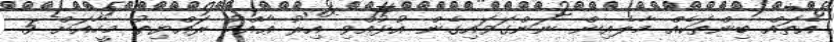
އެތައް ބިންތަކެއް މާލެއިން ނަންގަވައިގެން އުޅުއްވި އިރު ޢާއްމު ރައްޔިތު މީހާއަށް 5